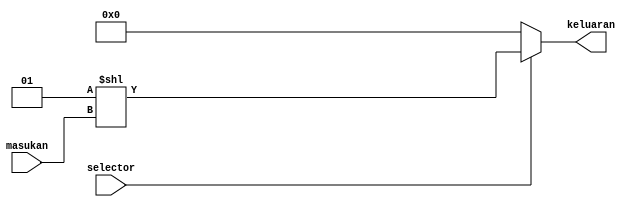
// 4x16 decoder

module T08_dencode (
    input [3:0] masukan,
    input selector,
    output [15:0] keluaran);

    assign keluaran = selector ? 1 << masukan : 0;    
endmodule